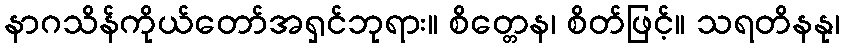
နာဂသိန်ကိုယ်တော်အရှင်ဘုရား။ စိတ္တေန၊ စိတ်ဖြင့်။ သရတိနနု၊